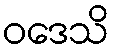
ဝဒေသိ